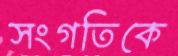
সংগতিকে